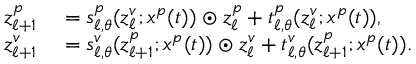
\begin{array} { r l } { z _ { \ell + 1 } ^ { p } } & { { } = s _ { \ell , \theta } ^ { p } ( z _ { \ell } ^ { v } ; x ^ { p } ( t ) ) \odot z _ { \ell } ^ { p } + t _ { \ell , \theta } ^ { p } ( z _ { \ell } ^ { v } ; x ^ { p } ( t ) ) , } \\ { z _ { \ell + 1 } ^ { v } } & { { } = s _ { \ell , \theta } ^ { v } ( z _ { \ell + 1 } ^ { p } ; x ^ { p } ( t ) ) \odot z _ { \ell } ^ { v } + t _ { \ell , \theta } ^ { v } ( z _ { \ell + 1 } ^ { p } ; x ^ { p } ( t ) ) . } \end{array}